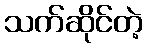
သက်ဆိုင်တဲ့